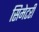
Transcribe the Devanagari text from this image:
सिमेटरी